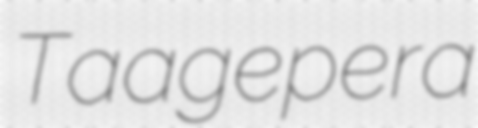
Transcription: Taagepera